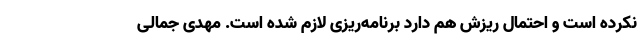
نکرده است و احتمال ریزش هم دارد برنامه‌ریزی لازم شده است. مهدی جمالی